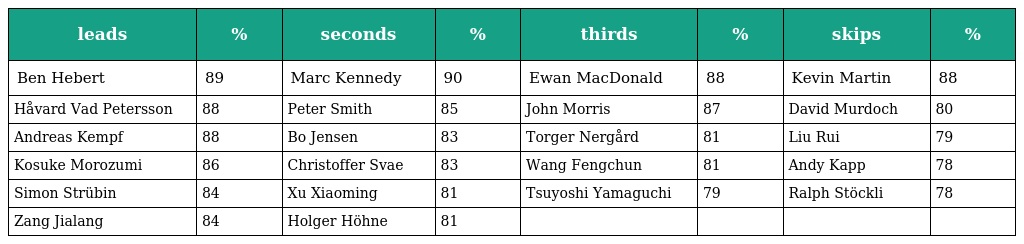
| leads | % | seconds | % | thirds | % | skips | % |
 | --- | --- | --- | --- | --- | --- | --- | --- |
 | Ben Hebert | 89 | Marc Kennedy | 90 | Ewan MacDonald | 88 | Kevin Martin | 88 |
 | Håvard Vad Petersson | 88 | Peter Smith | 85 | John Morris | 87 | David Murdoch | 80 |
 | Andreas Kempf | 88 | Bo Jensen | 83 | Torger Nergård | 81 | Liu Rui | 79 |
 | Kosuke Morozumi | 86 | Christoffer Svae | 83 | Wang Fengchun | 81 | Andy Kapp | 78 |
 | Simon Strübin | 84 | Xu Xiaoming | 81 | Tsuyoshi Yamaguchi | 79 | Ralph Stöckli | 78 |
 | Zang Jialang | 84 | Holger Höhne | 81 |  |  |  |  |